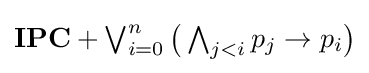
\textstyle \mathbf {IPC} +\bigvee _{i=0}^{n}{\bigl (}\bigwedge _{j<i}p_{j}\to p_{i}{\bigr )}